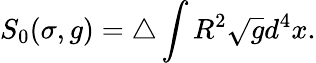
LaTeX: S_{0}(\sigma,g)=\triangle\int R^{2}\sqrt{g}d^{4}x.